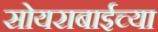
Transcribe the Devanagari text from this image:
सोयराबाईच्या